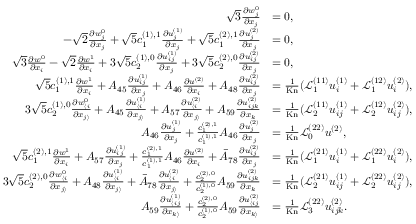
\begin{array} { r l } { \sqrt { 3 } \frac { \partial w _ { j } ^ { 0 } } { \partial x _ { j } } } & { = 0 , } \\ { - \sqrt { 2 } \frac { \partial w _ { j } ^ { 0 } } { \partial x _ { j } } + \sqrt { 5 } c _ { 1 } ^ { ( 1 ) , 1 } \frac { \partial u _ { j } ^ { ( 1 ) } } { \partial x _ { j } } + \sqrt { 5 } c _ { 1 } ^ { ( 2 ) , 1 } \frac { \partial u _ { j } ^ { ( 2 ) } } { \partial x _ { j } } } & { = 0 , } \\ { \sqrt { 3 } \frac { \partial w ^ { 0 } } { \partial x _ { i } } - \sqrt { 2 } \frac { \partial w ^ { 1 } } { \partial x _ { i } } + 3 \sqrt { 5 } c _ { 2 } ^ { ( 1 ) , 0 } \frac { \partial u _ { i j } ^ { ( 1 ) } } { \partial x _ { j } } + 3 \sqrt { 5 } c _ { 2 } ^ { ( 2 ) , 0 } \frac { \partial u _ { i j } ^ { ( 2 ) } } { \partial x _ { j } } } & { = 0 , } \\ { \sqrt { 5 } c _ { 1 } ^ { ( 1 ) , 1 } \frac { \partial w ^ { 1 } } { \partial x _ { i } } + A _ { 4 5 } \frac { \partial u _ { i j } ^ { ( 1 ) } } { \partial x _ { j } } + A _ { 4 6 } \frac { \partial u ^ { ( 2 ) } } { \partial x _ { i } } + A _ { 4 8 } \frac { \partial u _ { i j } ^ { ( 2 ) } } { \partial x _ { j } } } & { = \frac { 1 } { \mathrm { K n } } ( \mathscr { L } _ { 1 } ^ { ( 1 1 ) } u _ { i } ^ { ( 1 ) } + \mathscr { L } _ { 1 } ^ { ( 1 2 ) } u _ { i } ^ { ( 2 ) } ) , } \\ { 3 \sqrt { 5 } c _ { 2 } ^ { ( 1 ) , 0 } \frac { \partial w _ { \langle i } ^ { 0 } } { \partial x _ { j \rangle } } + A _ { 4 5 } \frac { \partial u _ { \langle i } ^ { ( 1 ) } } { \partial x _ { j \rangle } } + A _ { 5 7 } \frac { \partial u _ { \langle i } ^ { ( 2 ) } } { \partial x _ { j \rangle } } + A _ { 5 9 } \frac { \partial u _ { i j k } ^ { ( 2 ) } } { \partial x _ { k } } } & { = \frac { 1 } { \mathrm { K n } } ( \mathscr { L } _ { 2 } ^ { ( 1 1 ) } u _ { i j } ^ { ( 1 ) } + \mathscr { L } _ { 2 } ^ { ( 1 2 ) } u _ { i j } ^ { ( 2 ) } ) , } \\ { A _ { 4 6 } \frac { \partial u _ { j } ^ { ( 1 ) } } { \partial x _ { j } } + \frac { c _ { 1 } ^ { ( 2 ) , 1 } } { c _ { 1 } ^ { ( 1 ) , 1 } } A _ { 4 6 } \frac { \partial u _ { j } ^ { ( 2 ) } } { \partial x _ { j } } } & { = \frac { 1 } { \mathrm { K n } } \mathscr { L } _ { 0 } ^ { ( 2 2 ) } u ^ { ( 2 ) } , } \\ { \sqrt { 5 } c _ { 1 } ^ { ( 2 ) , 1 } \frac { \partial w ^ { 1 } } { \partial x _ { i } } + A _ { 5 7 } \frac { \partial u _ { i j } ^ { ( 1 ) } } { \partial x _ { j } } + \frac { c _ { 1 } ^ { ( 2 ) , 1 } } { c _ { 1 } ^ { ( 1 ) , 1 } } A _ { 4 6 } \frac { \partial u ^ { ( 2 ) } } { \partial x _ { i } } + \bar { A } _ { 7 8 } \frac { \partial u _ { i j } ^ { ( 2 ) } } { \partial x _ { j } } } & { = \frac { 1 } { \mathrm { K n } } ( \mathscr { L } _ { 1 } ^ { ( 2 1 ) } u _ { i } ^ { ( 1 ) } + \mathscr { L } _ { 1 } ^ { ( 2 2 ) } u _ { i } ^ { ( 2 ) } ) , } \\ { 3 \sqrt { 5 } c _ { 2 } ^ { ( 2 ) , 0 } \frac { \partial w _ { \langle i } ^ { 0 } } { \partial x _ { j \rangle } } + A _ { 4 8 } \frac { \partial u _ { \langle i } ^ { ( 1 ) } } { \partial x _ { j \rangle } } + \bar { A } _ { 7 8 } \frac { \partial u _ { \langle i } ^ { ( 2 ) } } { \partial x _ { j \rangle } } + \frac { c _ { 2 } ^ { ( 2 ) , 0 } } { c _ { 2 } ^ { ( 1 ) , 0 } } A _ { 5 9 } \frac { \partial u _ { i j k } ^ { ( 2 ) } } { \partial x _ { k } } } & { = \frac { 1 } { \mathrm { K n } } ( \mathscr { L } _ { 2 } ^ { ( 2 1 ) } u _ { i j } ^ { ( 1 ) } + \mathscr { L } _ { 2 } ^ { ( 2 2 ) } u _ { i j } ^ { ( 2 ) } ) , } \\ { A _ { 5 9 } \frac { \partial u _ { \langle i j } ^ { ( 1 ) } } { \partial x _ { k \rangle } } + \frac { c _ { 2 } ^ { ( 2 ) , 0 } } { c _ { 2 } ^ { ( 1 ) , 0 } } A _ { 5 9 } \frac { \partial u _ { \langle i j } ^ { ( 2 ) } } { \partial x _ { k \rangle } } } & { = \frac { 1 } { \mathrm { K n } } \mathscr { L } _ { 3 } ^ { ( 2 2 ) } u _ { i j k } ^ { ( 2 ) } . } \end{array}